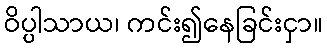
ဝိပ္ပါသာယ၊ ကင်း၍နေခြင်းငှာ။